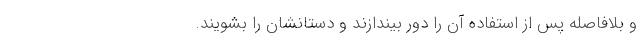
و بلافاصله پس از استفاده آن را دور بیندازند و دستانشان را بشویند.